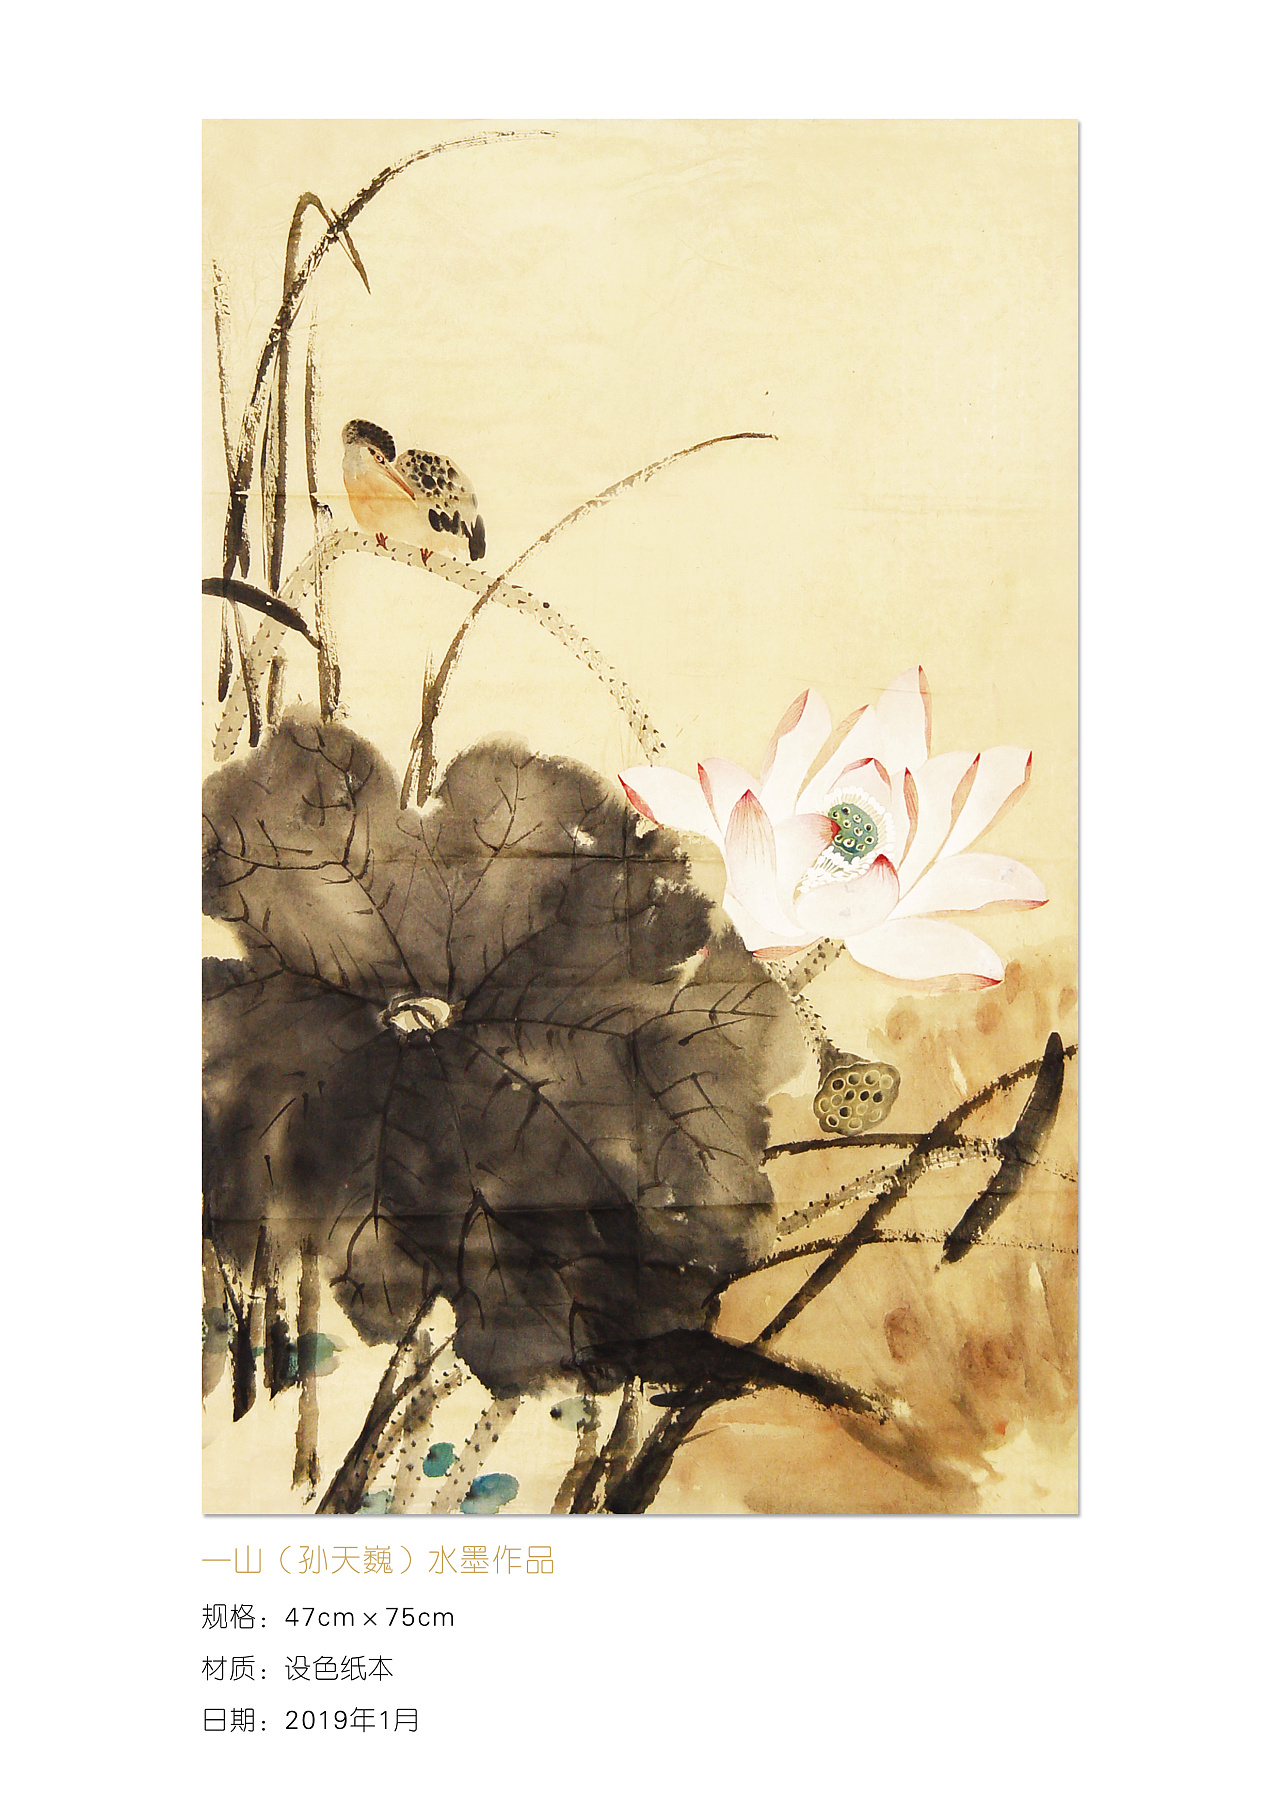
荷风送香气，竹露滴清响。